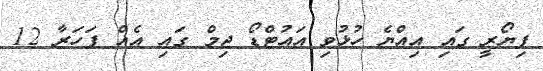
ފިޔޯރީ ގައި އިއްޔެ ހުޅުވި އައުޓްޑޯ ޖިމް ގައި އެއް ފަހަރާ 12